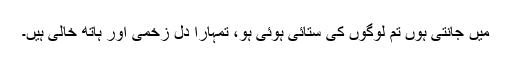
میں جانتی ہوں تم لوگوں کی ستائی ہوئی ہو، تمہارا دل زخمی اور ہاتھ خالی ہیں۔